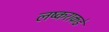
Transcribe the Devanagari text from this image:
लष्कराकडे